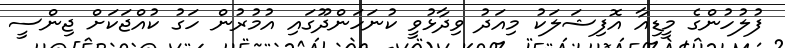
ފުލުހުންގެ މީޑިއާ އޮފިޝަލަކު މިއަދު ވިދާޅުވީ ކުނަހަންދޫގައި އުމުރުން ހަގު ކުއްޖަކަށް ޖިންސީ